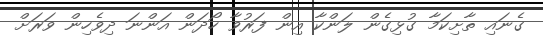
ގެނައި ތާށިކަމާ ގުޅިގެން ލަންކާ އިން ފަރުވާ ހޯދަން އަންނަ ދިވެހިން ވަރަށް